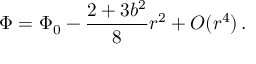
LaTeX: \Phi = \Phi _ { 0 } - \frac { 2 + 3 b ^ { 2 } } { 8 } r ^ { 2 } + { \cal O } ( r ^ { 4 } ) \, .